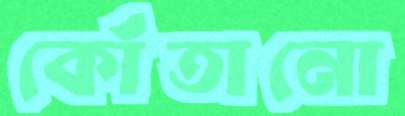
কোঁতানো